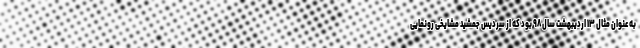
به عنوان مثال ۱۳ اردیبهشت سال ۹۸ بود که از سردیس جمشید مشایخی رونمایی